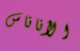
الأناناس